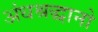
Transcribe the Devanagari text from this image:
अंधश्रद्धानो